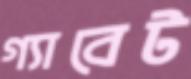
গ্যাবেট